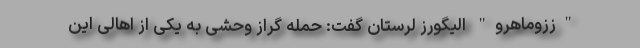
"ززوماهرو" الیگورز لرستان گفت: حمله گراز وحشی به یکی از اهالی این